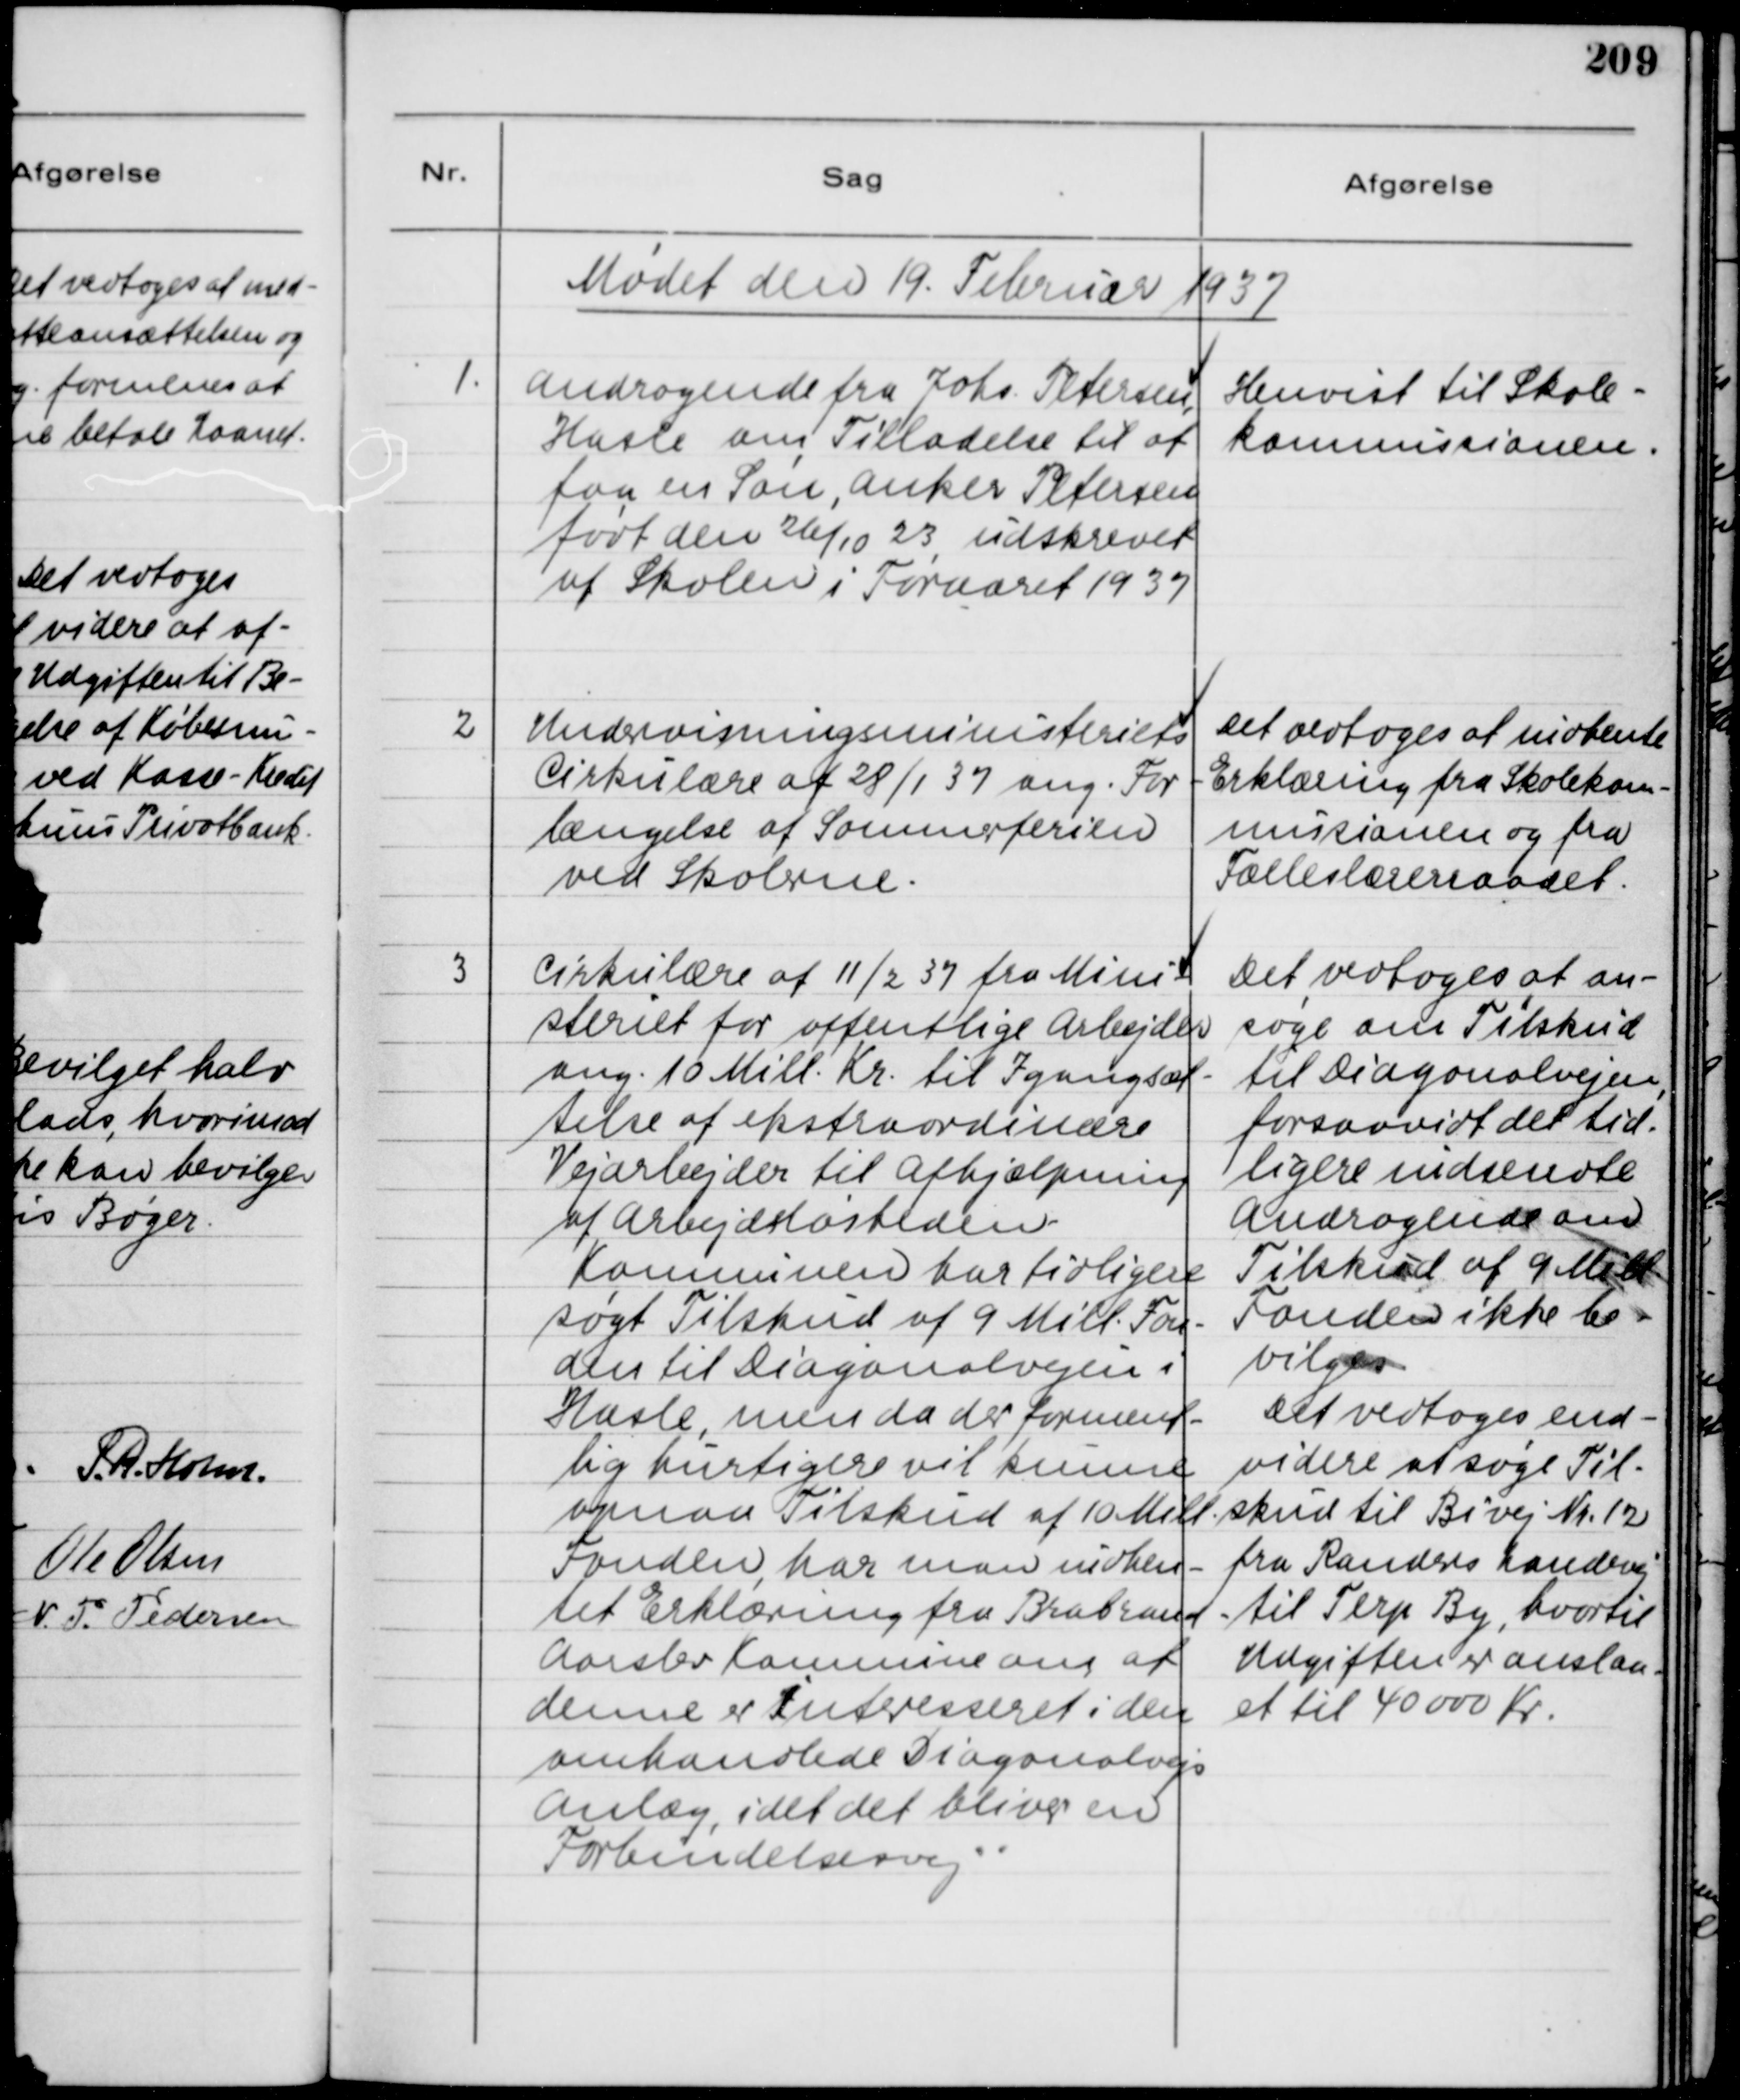
Transskription:
Mødet den 19. Februar 1937

1.
Andragende fra Johs. Petersen,
Hasle om Tilladelse til at
faa en Søn, Anker Petersen,
født den 26/10 23 udskrevet
af Skolen i Foraaret 1937

Henvist til Skole-
kommissionen.

2
Undervisningsministeriets
Cirkulære af 28/1 37 ang. For-
længelse af Sommeferien
ved Skolerne.

Det vedtoges at indhente
Erklæring fra Skolekom-
missionen og fra
Fælleslærerraadet.

3
Cirkulære af 11/2 37 fra Mini-
steriet for offentlige Arbejder
ang. 10 Mill. Kr. til Igangsæt-
telse af ekstraordinære
Vejarbejder til Afhjælpning
af Arbejdsløsheden.
Komnunen har tidligere
søgt Tilskud af 9 Mill. Fon-
den til Diagonalvejen i
Hasle, men da der forment-
lig hurtigere vil kunne
opnaa Tilskud af 10 Mill.
Fonden, har man indhen-
tet Erklæring fra Brabrand
Aarslev Komnune om af
denne er interesseret i den
omhandlede Diagonalvejs
Anlæg, idet det bliver en
Forbindelsesvej.

Det vedtoges at an-
søge om Tilskud
til Diagonalvejen,
forsaavidt det tid-
ligere indsendte
Andragende om
Tilskud af 9 Mill.
Fonden ikke be-
vilges.
Det vedtoges end-
videre at søge Til-
skud til Bivej Nr. 12
fra Randers Landevej
til Terp By, hvortil
Udgiften er anslaa-
et til 40000 kr.